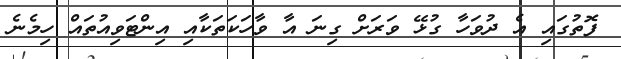
ފޮތުގައި އެ ދުވަހާ ގުޅޭ ވަރަށް ގިނަ އާ ވާހަކަތަކާއި އިންޓަވިއުތައް ހިމެނެ